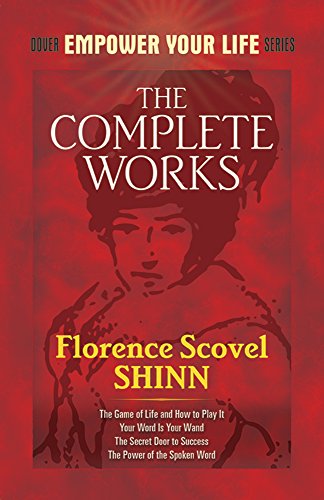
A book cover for The Complete Works of Florence Scovel Shinn (Dover Empower Your Life); Florence Scovel Shinn; Self-Help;